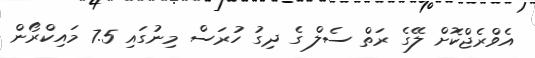
އެވްރެޖްކޮށް ލޭގެ ރަތް ސެލް ގެ ދިގު ހުރަސް މިނުގައި 7.5 މައިކްރޯން